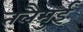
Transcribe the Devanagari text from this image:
तलैमुई